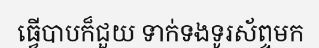
ធ្វើបាបក៏ជួយ ទាក់ទងទូរស័ព្ទមក